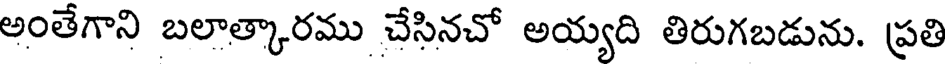
అంతేగాని బలాత్కారము చేసినచో అయ్యది తిరుగబడును. ప్రతి